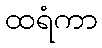
ထရံကာ